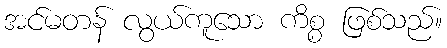
အင်မတန် လွယ်ကူသော ကိစ္စ ဖြစ်သည်။